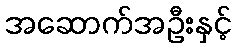
အဆောက်အဦးနှင့်